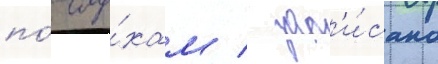
по́ слу́хам / зап'и́сано